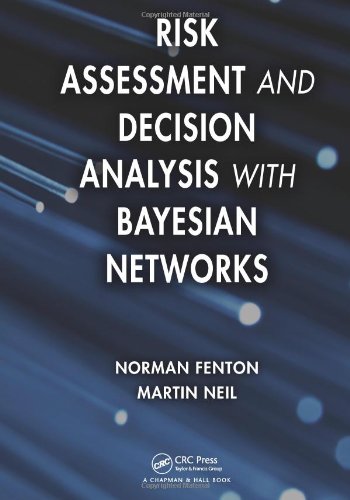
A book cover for Risk Assessment and Decision Analysis with Bayesian Networks; Norman Fenton; Computers & Technology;